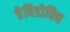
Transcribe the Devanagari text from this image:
डेविडोविच